Annual report on the Civil Veterinary Department, Burma (including the Insein Veterinary School) - 1923-1931
Year: 1923
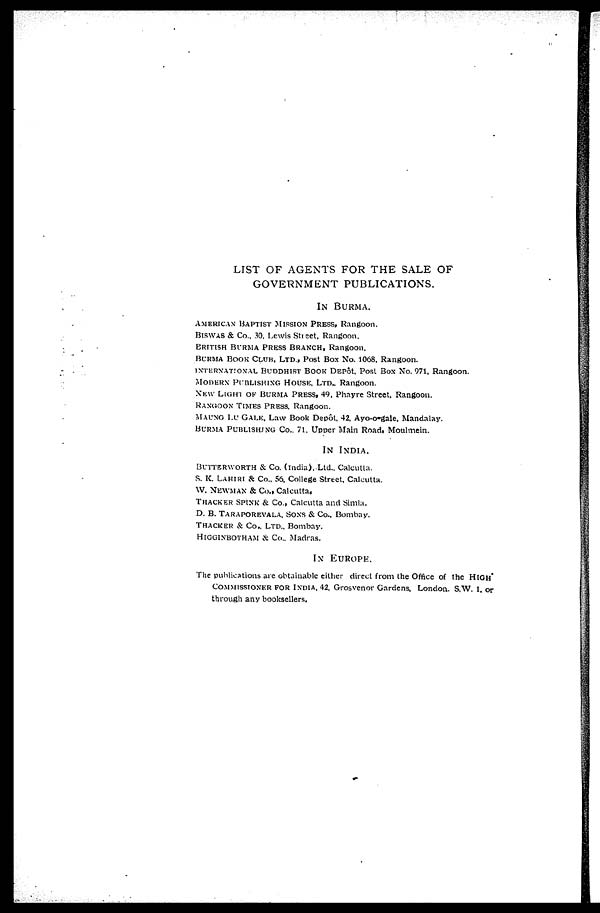
LIST OF AGENTS FOR THE SALE OF GOVERNMENT PUBLICATION
IN BURMA.
AMERICAN BAPTIST MISSION PRESS, Rangoon.
BISWAS & Co., 30, Lewis Street, Rangoon.
BRITISH BURMA PRESS BRANCH, Rangoon.
BURMA BOOK CLUB, LTD., Post Box No. 1068, Rangoon.
INTERNATIONAL BUDDHIST BOOK DEPôt. Post Box No. 971, Rangoo
MODERN PUBLISHING HOUSE, LTD.. Rangoon.
NEW LIGHT OF BURMA PRESS, 49, Phayre Street. Rangoon.
RANGOON TIMES PRESS, Rangoon.
MAUNG LU GALE, Law Book Depôt, 42, Ayo-o-gale, Mandalay.
BURMA PUBLISHING CO., 71, Upper Main Road, Moulmein.
IN INDIA.
BUTTERWORTH & Co. (India), Ltd., Calcutta.
S. K. LAHIRI & CO., 56, College Street. Calcutta.
W. NEWMAN & CO., Calcutta,
THACKER SPINK & CO., Calcutta and Simla.
D. B. TARAPOREVALA, SONS & CO., Bombay.
THACKER & CO., LTD., Bombay.
HIGGINBOTHAM & CO., Madras.
IN EUROPE.
The publications are obtainable either direct from the Office of the HIGH*
COMMISSIONER FOR INDIA, 42. Grosvenor Gardens, London. S.W. 1, o
through any booksellers.